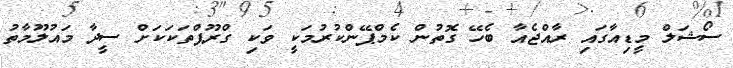
ސޯޝަލް މީޑިއާގައި ރާއްޖެއާ ބެހޭ ގޮތުން ކެމްޕޭންކުރުމަކީ ވަކި ގްރޫޕްތަކަކަށް ސީދާ މައުލޫމާތު